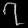
Digit: ၇